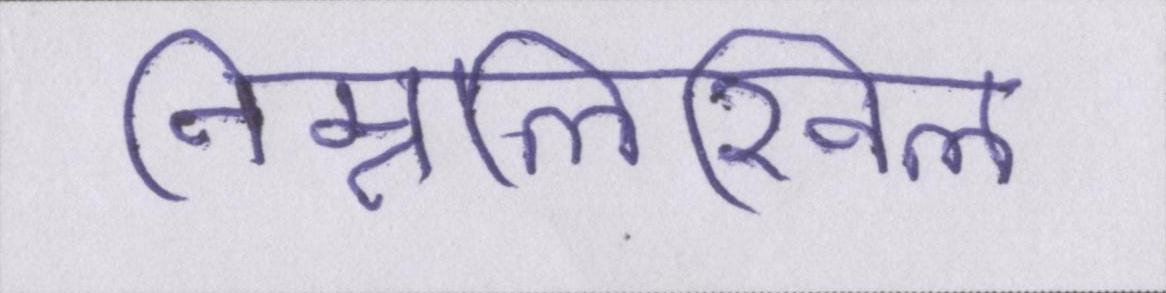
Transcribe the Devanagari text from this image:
निम्नलिखिल